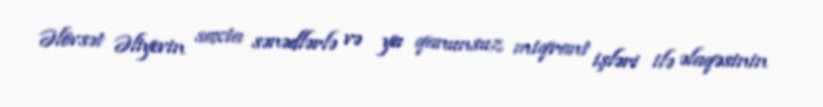
Əlövsət Əliyevin saxta sənədlərlə və ya qanunsuz miqrant işləri ilə əlaqəsinin